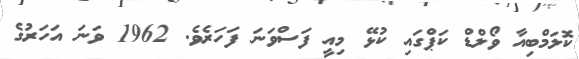
ކޮލަމްބިއާ ވޯލްޑް ކަޕްގައި ކުޅޭ މިއީ ފަސްވަނަ ފަހަރެވެ. 1962 ވަނަ އަހަރުގެ